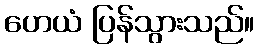
ဟေယံ ပြန်သွားသည်။